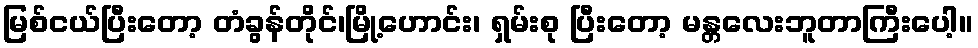
မြစ်ငယ်ပြီးတော့ တံခွန်တိုင်၊မြို့ဟောင်း၊ ရှမ်းစု ပြီးတော့ မန္တလေးဘူတာကြီးပေါ့။